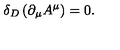
\delta _ { D } \left( { \partial _ { \mu } A ^ { \mu } } \right) = 0 .